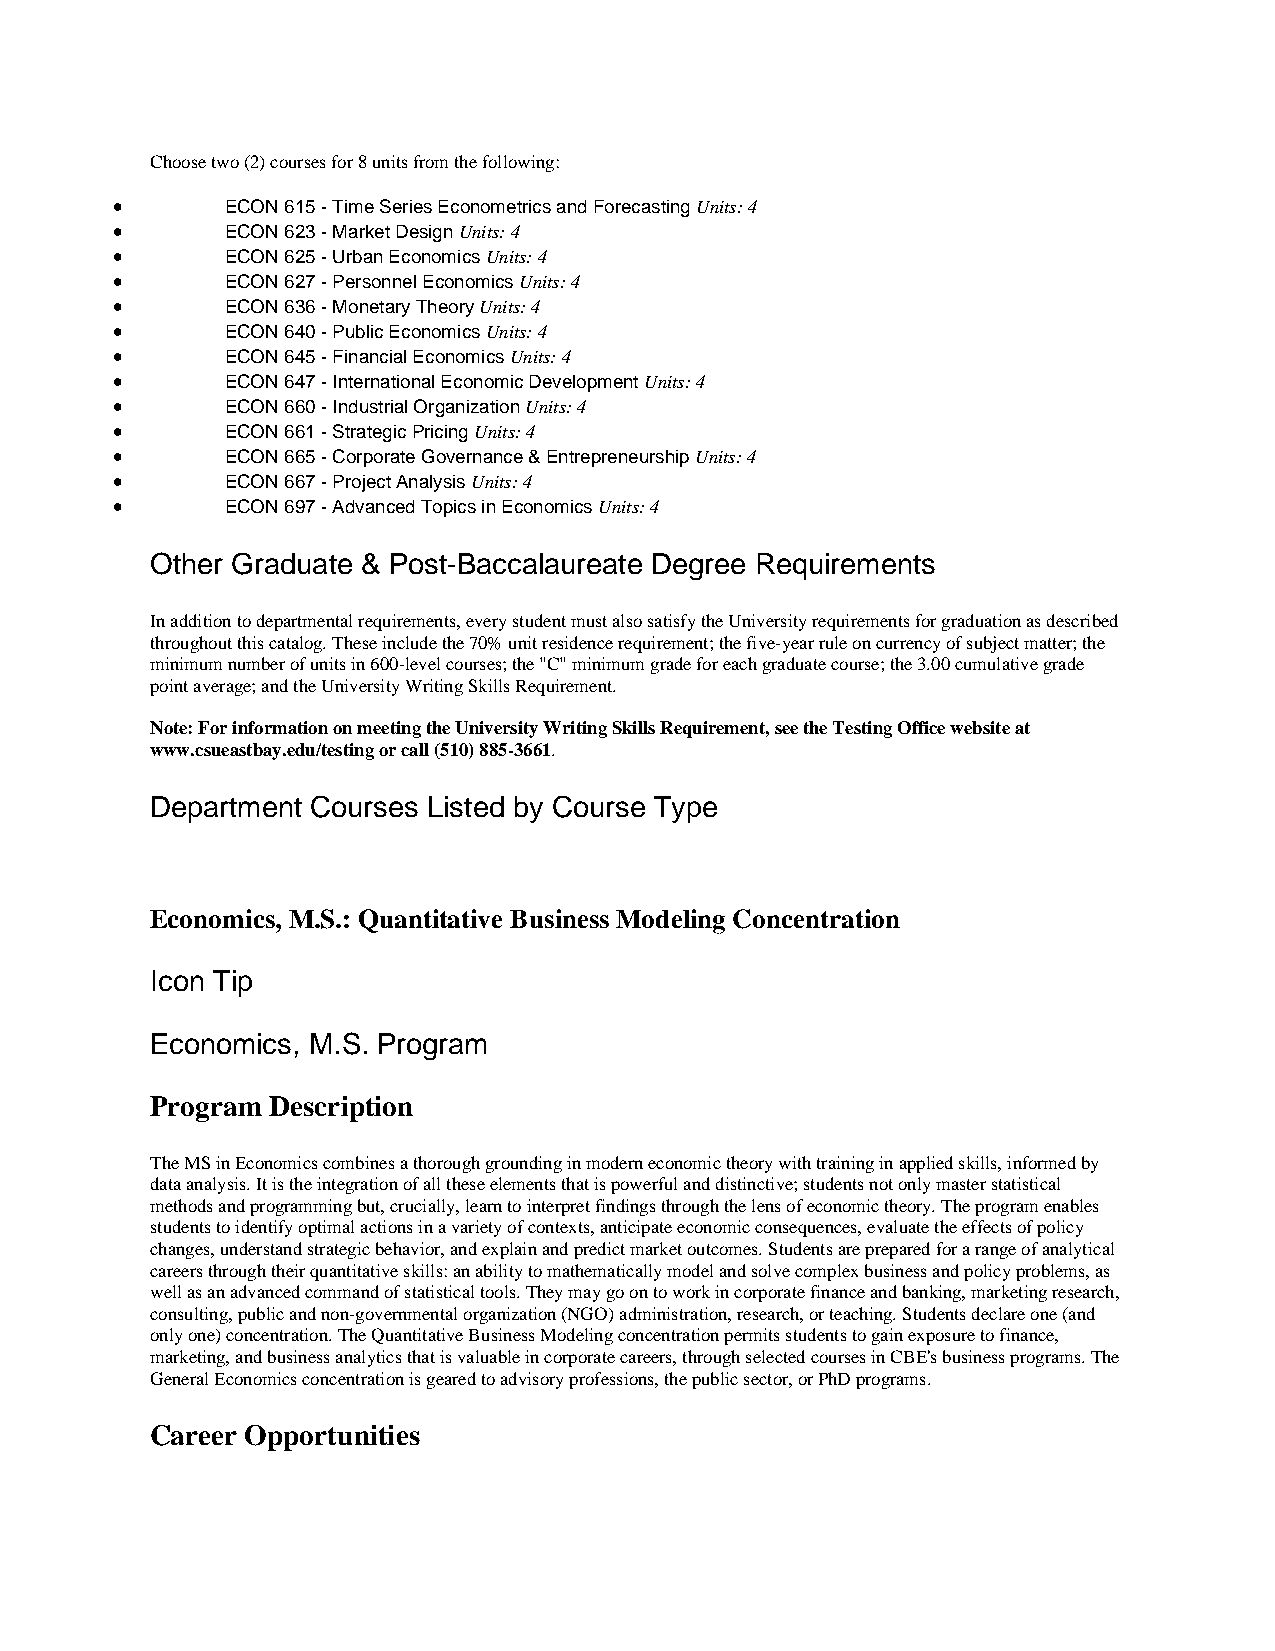
Choose two (2) courses for 8 units from the following:
 •       ECON 615 - Time Series Econometrics and Forecasting Units: 4
 •       ECON 623 - Market Design Units: 4
 •       ECON 625 - Urban Economics Units: 4
 •       ECON 627 - Personnel Economics Units: 4
 •       ECON 636 - Monetary Theory Units: 4
 •       ECON 640 - Public Economics Units: 4
 •       ECON 645 - Financial Economics Units: 4
 •       ECON 647 - International Economic Development Units: 4
 •       ECON 660 - Industrial Organization Units: 4
 •       ECON 661 - Strategic Pricing Units: 4
 •       ECON 665 - Corporate Governance & Entrepreneurship Units: 4
 •       ECON 667 - Project Analysis Units: 4
 •       ECON 697 - Advanced Topics in Economics Units: 4
 Other Graduate & Post-Baccalaureate Degree Requirements
 In addition to departmental requirements, every student must also satisfy the University requirements for graduation as described
 throughout this catalog. These include the 70% unit residence requirement; the five-year rule on currency of subject matter; the
 minimum number of units in 600-level courses; the "C" minimum grade for each graduate course; the 3.00 cumulative grade
 point average; and the University Writing Skills Requirement.
 Note: For information on meeting the University Writing Skills Requirement, see the Testing Office website at
 www.csueastbay.edu/testing or call (510) 885-3661.
 Department Courses Listed by Course Type
 Economics, M.S.: Quantitative Business Modeling Concentration
 Icon Tip
 Economics, M.S. Program
 Program Description
 The MS in Economics combines a thorough grounding in modern economic theory with training in applied skills, informed by
 data analysis. It is the integration of all these elements that is powerful and distinctive; students not only master statistical
 methods and programming but, crucially, learn to interpret findings through the lens of economic theory. The program enables
 students to identify optimal actions in a variety of contexts, anticipate economic consequences, evaluate the effects of policy
 changes, understand strategic behavior, and explain and predict market outcomes. Students are prepared for a range of analytical
 careers through their quantitative skills: an ability to mathematically model and solve complex business and policy problems, as
 well as an advanced command of statistical tools. They may go on to work in corporate finance and banking, marketing research,
 consulting, public and non-governmental organization (NGO) administration, research, or teaching. Students declare one (and
 only one) concentration. The Quantitative Business Modeling concentration permits students to gain exposure to finance,
 marketing, and business analytics that is valuable in corporate careers, through selected courses in CBE's business programs. The
 General Economics concentration is geared to advisory professions, the public sector, or PhD programs.
 Career Opportunities